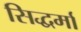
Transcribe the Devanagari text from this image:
सिद्धर्मा